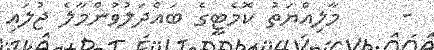
-     މާލިއްޔަތު ކޮމެޓީގެ ބައްދަލުވުންމާލެ ޖުލައި